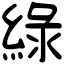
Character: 綠